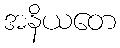
အနိယတေ